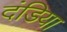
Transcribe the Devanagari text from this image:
दंडिया